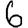
Digit: 6